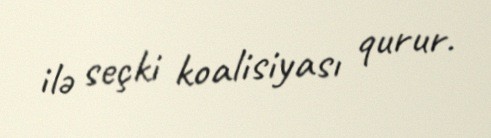
ilə seçki koalisiyası qurur.